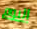
اليوم